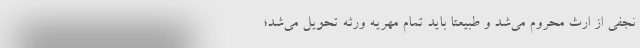
نجفی از ارث محروم می‌شد و طبیعتاً باید تمام مهریه ورثه تحویل می‌شد؛